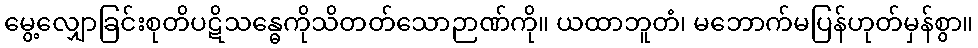
မွေ့လျှောခြင်းစုတိပဋိသန္ဓေကိုသိတတ်သောဉာဏ်ကို။ ယထာဘူတံ၊ မဘောက်မပြန်ဟုတ်မှန်စွာ။